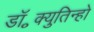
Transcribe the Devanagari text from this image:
डॉ॰क्युतिन्हो